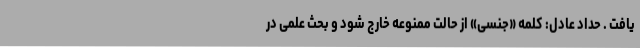
یافت . حداد عادل: کلمه «جنسی» از حالت ممنوعه خارج شود و بحث علمی در